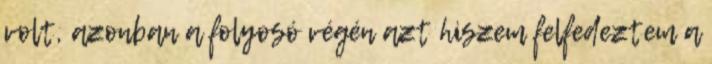
volt, azonban a folyosó végén azt hiszem felfedeztem a